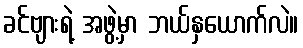
ခင်ဗျားရဲ့ အဖွဲ့မှာ ဘယ်နှယောက်လဲ။